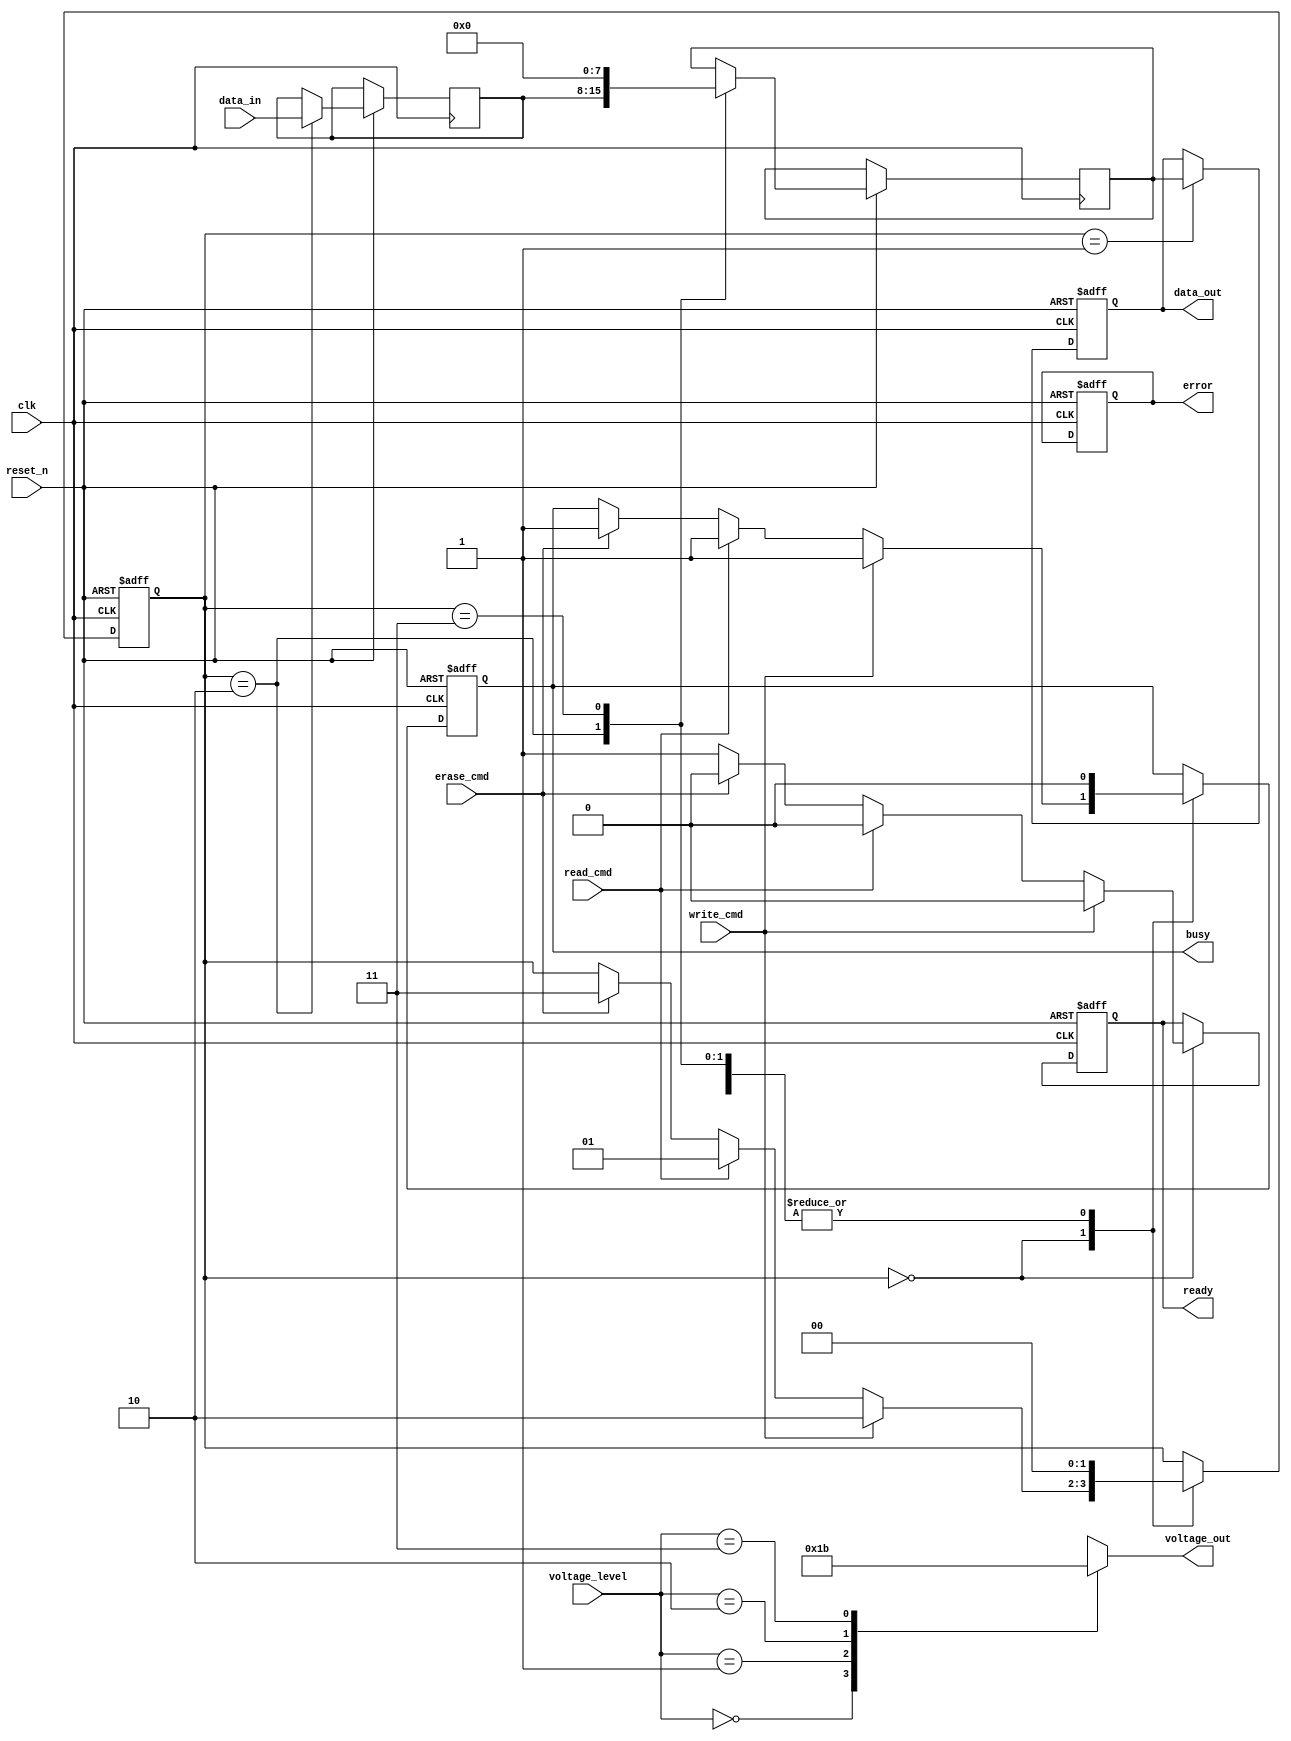
module nand_eeprom_io (
    input wire clk,                // System clock
    input wire reset_n,            // Active low reset
    input wire [7:0] data_in,      // Data input from external devices
    input wire read_cmd,           // Read command signal
    input wire write_cmd,          // Write command signal
    input wire erase_cmd,          // Erase command signal
    input wire [1:0] voltage_level, // Voltage level input signal
    output reg [7:0] data_out,     // Data output to external devices
    output reg busy,               // Busy status signal
    output reg ready,              // Ready status signal
    output reg error,              // Error signal
    output reg [1:0] voltage_out    // Voltage level output signal
);

// Internal signals
reg [7:0] status;                // Status register
reg [7:0] internal_memory [0:255]; // Example internal memory
reg [7:0] data_buffer;           // Buffer for data input

// State definitions
localparam IDLE = 2'b00,
           READ = 2'b01,
           WRITE = 2'b10,
           ERASE = 2'b11;

reg [1:0] state;

// Clock generation (assuming clk is fed from an external clock source)
always @(posedge clk or negedge reset_n) begin
    if (!reset_n) begin
        state <= IDLE;
        busy <= 0;
        ready <= 1;
        error <= 0;
        data_out <= 8'b0;
    end else begin
        case (state)
            IDLE: begin
                ready <= 1;
                if (write_cmd) begin
                    state <= WRITE;
                    busy <= 1;
                    ready <= 0;
                end else if (read_cmd) begin
                    state <= READ;
                    busy <= 1;
                    ready <= 0;
                end else if (erase_cmd) begin
                    state <= ERASE;
                    busy <= 1;
                    ready <= 0;
                end
            end
            
            WRITE: begin
                // Capture data into data buffer
                data_buffer <= data_in;
                internal_memory[0] <= data_buffer; // Simplified write to memory
                status <= 8'h01; // Indicate write is done
                busy <= 0;
                state <= IDLE;
            end
            
            READ: begin
                // Output data from internal memory
                data_out <= internal_memory[0]; // Simplified read from memory
                status <= 8'h02; // Indicate read is done
                busy <= 0;
                state <= IDLE;
            end
            
            ERASE: begin
                // Simplified erase operation
                internal_memory[0] <= 8'b0; // Reset memory location
                status <= 8'h03; // Indicate erase is done
                busy <= 0;
                state <= IDLE;
            end
            
            default: state <= IDLE;
        endcase
    end
end

// Voltage level shifter logic
always @(voltage_level) begin
    case (voltage_level)
        2'b00: voltage_out <= 2'b00; // Level 0
        2'b01: voltage_out <= 2'b01; // Level 1
        2'b10: voltage_out <= 2'b10; // Level 2
        2'b11: voltage_out <= 2'b11; // Level 3
        default: voltage_out <= 2'b00; // Default level 0
    endcase
end

endmodule